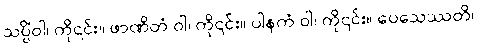
သပ္ပိံဝါ၊ ကို၎င်း။ ဖာဏိတံ ဝါ၊ ကို၎င်း။ ပါနကံ ဝါ၊ ကို၎င်း။ ပေသေဿတိ၊